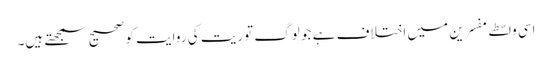
اسی واسطے مفسرین میں اختلاف ہے جو لوگ توریت کی روایت کو صحیح سمجھتے ہیں۔